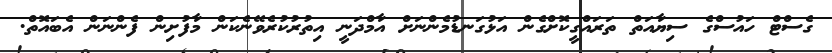
ގެސްޓް ހައުސްގެ ސިޔާއަތް ތަރައްގީކޮށްގެން އަޅުގަނޑުމެންނަށް އާމްދަނީ އިތުރުކުރެވޭނެކަން މާފުށިން ފެންނަން އެބައޮތް.